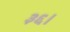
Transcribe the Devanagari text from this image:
३६।